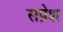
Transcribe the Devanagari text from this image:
सप्रेश